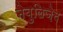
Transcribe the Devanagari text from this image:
नेबुलिज़ेद